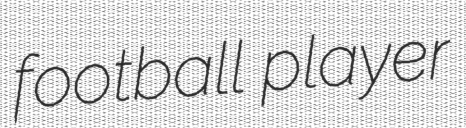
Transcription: football player